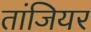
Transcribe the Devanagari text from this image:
तांजियर